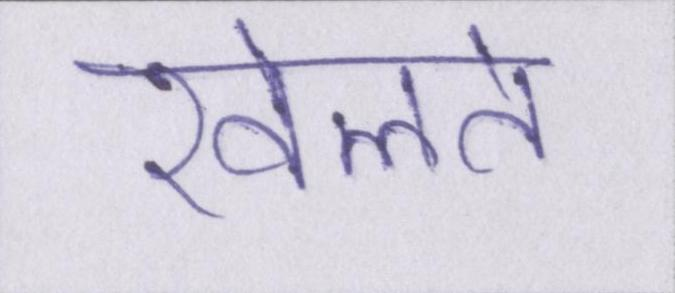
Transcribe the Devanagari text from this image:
खेलते